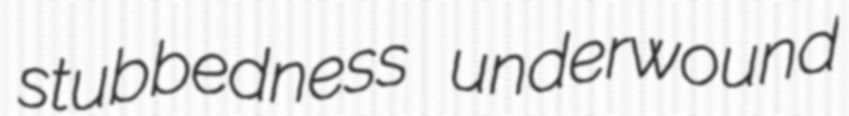
stubbedness underwound